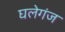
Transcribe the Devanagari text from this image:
घलेगंज